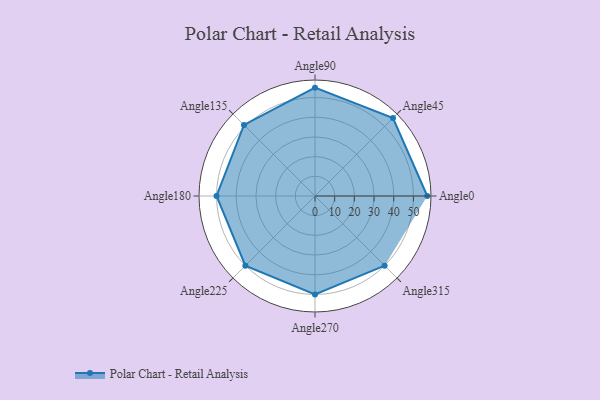
{"axis": {"x": "Angle", "y": "Radius"}, "legend": [""], "data": [{"x": "Angle0", "y": 57.0, "type": ""}, {"x": "Angle45", "y": 56.0, "type": ""}, {"x": "Angle90", "y": 55.0, "type": ""}, {"x": "Angle135", "y": 51.0, "type": ""}, {"x": "Angle180", "y": 50, "type": ""}, {"x": "Angle225", "y": 50, "type": ""}, {"x": "Angle270", "y": 50, "type": ""}, {"x": "Angle315", "y": 50, "type": ""}]}